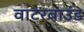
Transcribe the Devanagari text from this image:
वाटरबाउंड